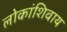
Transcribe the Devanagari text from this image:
लोकांशिवाय